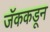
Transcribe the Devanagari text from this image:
जॅककडून